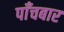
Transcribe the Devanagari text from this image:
पाँचबार